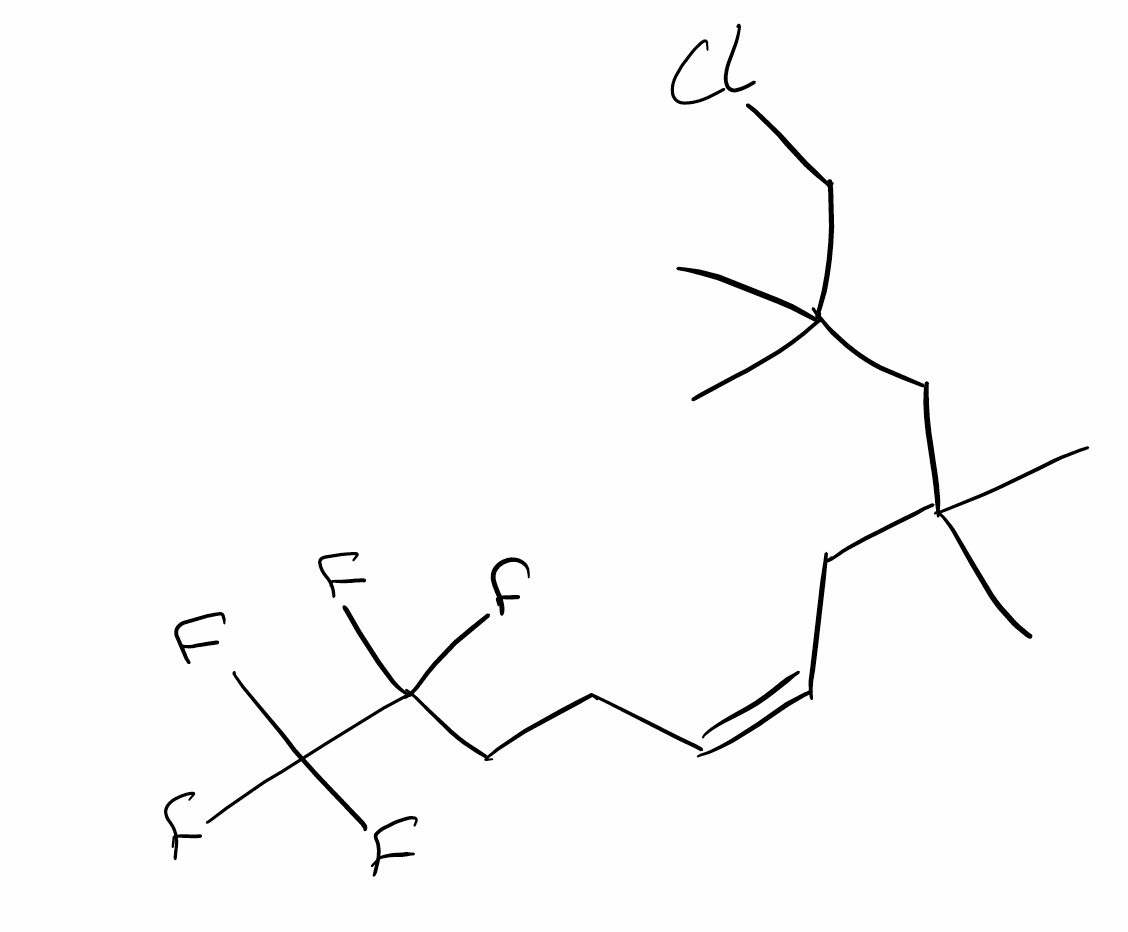
Simplified molecular-input line-entry system (SMILES) notation of the given molecule:
CC(C)(C/C=C\CCC(C(F)(F)F)(F)F)CC(C)(C)CCl